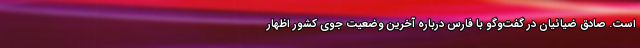
است. صادق ضیائیان در گفت‌وگو با فارس درباره آخرین وضعیت جوی کشور اظهار